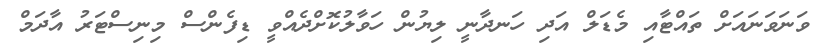
ވަނަވަނައަށް ތައްޓާއި މެޑަލް އަދި ހަނދާނީ ލިޔުން ހަވާލުކޮށްދެއްވީ ޑިފެންސް މިނިސްޓަރު އާދަމް